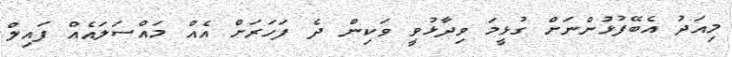
މިއަދު އެބޭފުޅުންނަށް ގުޅީމަ ވިދާޅުވީ ވަކިން ދެ ފަހަރަށް އެއް މައްސަލައެއް ފައިލް